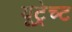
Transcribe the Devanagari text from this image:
यूट्रेच्ट